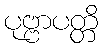
ပုဗ္ဗာပတ္တိ